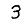
Digit: 3